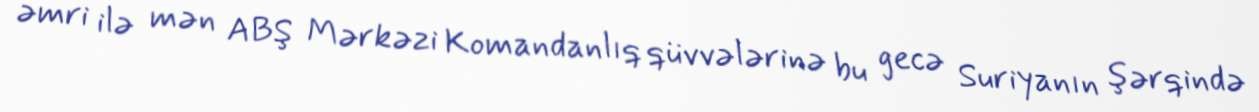
əmri ilə mən ABŞ Mərkəzi Komandanlıq qüvvələrinə bu gecə Suriyanın şərqində